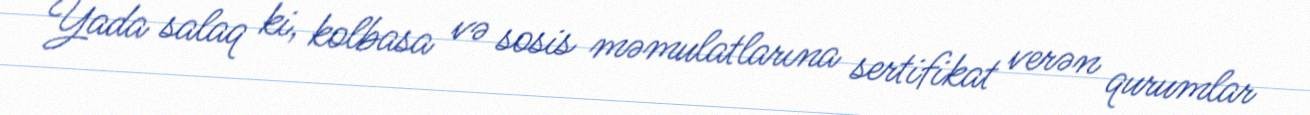
Yada salaq ki, kolbasa və sosis məmulatlarına sertifikat verən qurumlar